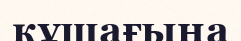
құшағыңа